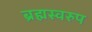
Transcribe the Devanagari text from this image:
ब्रह्मस्वरुप